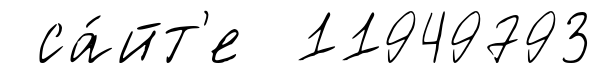
са́йт'е 11949793